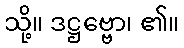
သို့။ ဒဋ္ဌဗ္ဗော၊ ၏။